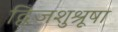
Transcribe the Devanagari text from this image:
द्विजशुश्रूषा